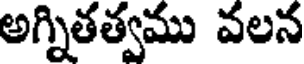
అగ్నితత్వము వలన